Vaccination in the Punjab 1897-1904 - 1897-1904
Year: 1897
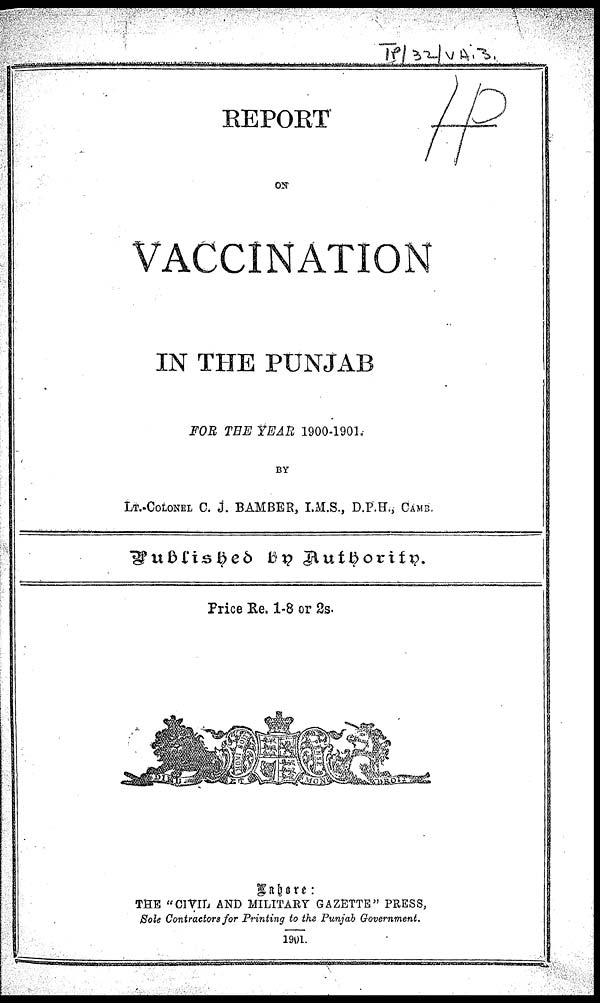
REPORT
VACCINATION
IN THE PUNJAB
FOR THE YEAR 1900-1901,
BY
LT.-COLONEL C. J. BAMBER, I.M.S., D.P.H., CAMB.
Published by Authority.
Price Re. 1-8 or 2s.
Lahore:
THE "CIVIL. AND MILITARY GAZETTE" PRESS,
Sole Contractors for Printing to the Punjab Government.
1901.